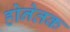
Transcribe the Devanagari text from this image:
होनेतक